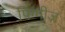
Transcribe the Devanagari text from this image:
पिग्गीज़